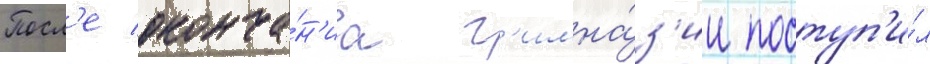
Посл'е оконча́н'иа г'имна́з'ии поступ'и́л